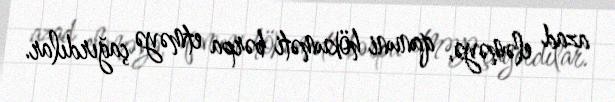
azad eləməyə, qanuni hökuməti bərpa etməyə çağırdılar.